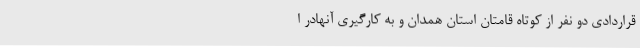
قراردادی دو نفر از کوتاه قامتان استان همدان و به کارگیری آنهادر ا